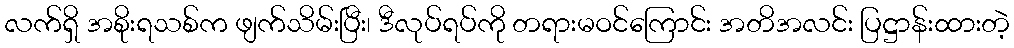
လက်ရှိ အစိုးရသစ်က ဖျက်သိမ်းပြီး၊ ဒီလုပ်ရပ်ကို တရားမဝင်ကြောင်း အတိအလင်း ပြဋ္ဌာန်းထားတဲ့